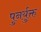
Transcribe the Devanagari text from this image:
पुनर्युक्त